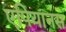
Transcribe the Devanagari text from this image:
एपियानस